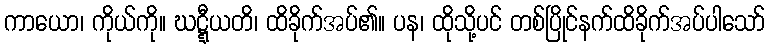
ကာယော၊ ကိုယ်ကို။ ဃဋ္ဋီယတိ၊ ထိခိုက်အပ်၏။ ပန၊ ထိုသို့ပင် တစ်ပြိုင်နက်ထိခိုက်အပ်ပါသော်